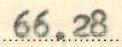
66.28